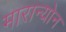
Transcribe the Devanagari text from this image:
मारान्योन